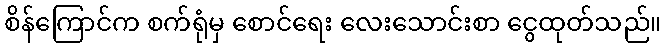
စိန်ကြောင်က စက်ရုံမှ စောင်ရေး လေးသောင်းစာ ငွေထုတ်သည်။